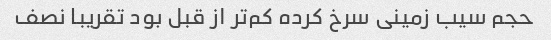
حجم سیب زمینی سرخ کرده کم‌تر از قبل بود تقریبا نصف